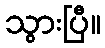
သွားပြီ။